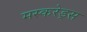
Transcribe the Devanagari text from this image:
मस्करेड्स